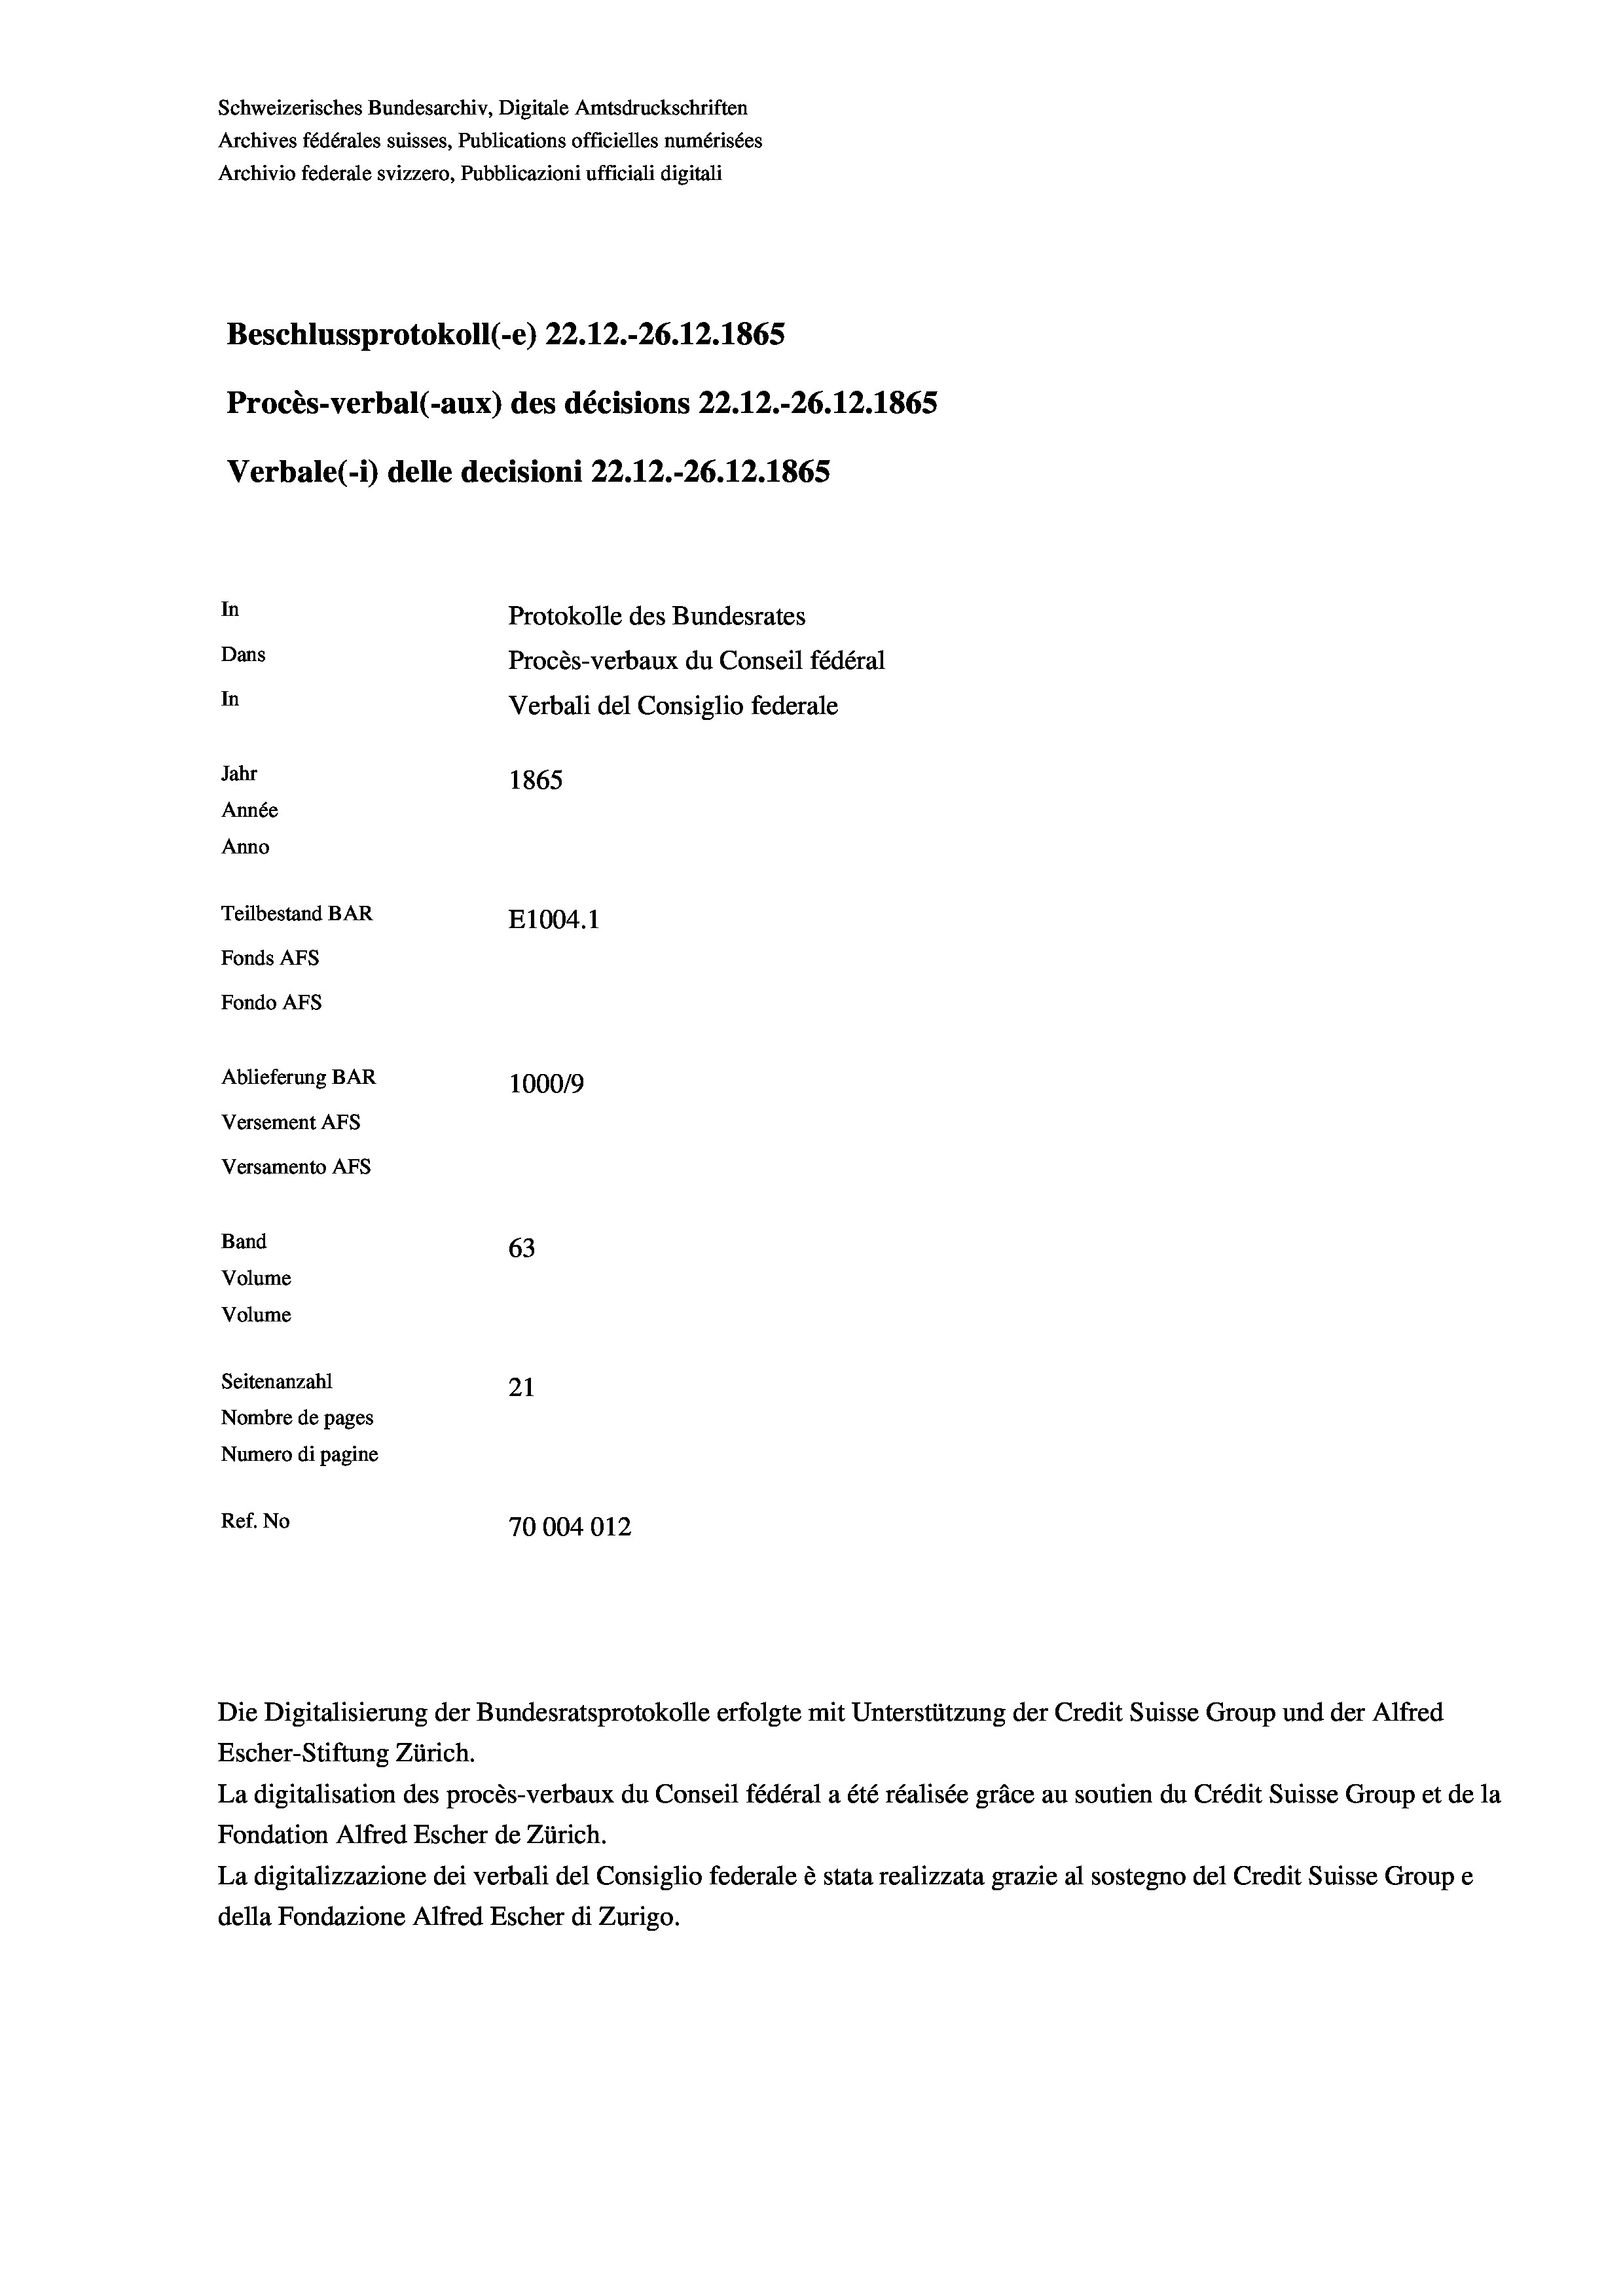
Schweizerisches Bundesarchiv, Digitale Amtsdruckschriften
Archives fédérales suisses, Publications officielles numérisées
Archivio federale svizzero, Pubblicazioni ufficiali digitali

Beschlussprotokoll (-e) 22.12.-26.12.1865
Procès-verbal (-aux) des décisions 22.12.-26.12.1865
Protokolle des Bundesrates
Dans
Procès-verbaux du Conseil fédéral
In
Verbali del Consiglio federale
Jahr
1865
Année
Anno
Teilbestand BAR
E1004.1
Fonds AFs
Fondo AFS

In

Verbale(-*) delle decisioni 22.12.-26.12.1865

Ablieferung BAR
Versement AFs
Versamento AFs
Band
Volume
Volume
Seitenanzahl
21
Nombre de pages
Numero di pagine
Ref. No
70004012

100019
63

Escher-Stiftung Zürich.
La digitalisation des procès-verbaux du Conseil fédéral a été réalisée gräce au soutien du Crédit Suisse Group et de la
Fondation Alfred Escher de Zürich.
La digitalizzazione dei verbali del Consiglio federale è stata realizzata grazie al sostegno del Credit Suisse Groupe
della Fondazione Alfred Escher di Zurigo.

Die Digitalisierung der Bundesratsprotokolle erfolgte mit Unterstützung der Credit Suisse Group und der Alfred